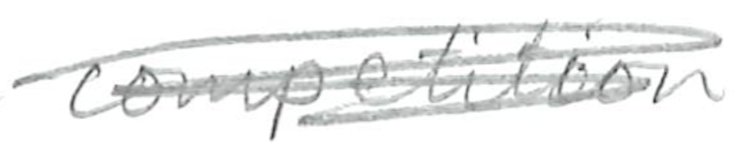
Text: competition
Cross-out: mix
Writing tool: pencil